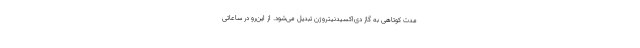
مدت کوتاهی به گاز دی‌اکسیدنیتروژن تبدیل می‌شود. از این‌رو در ساعاتی